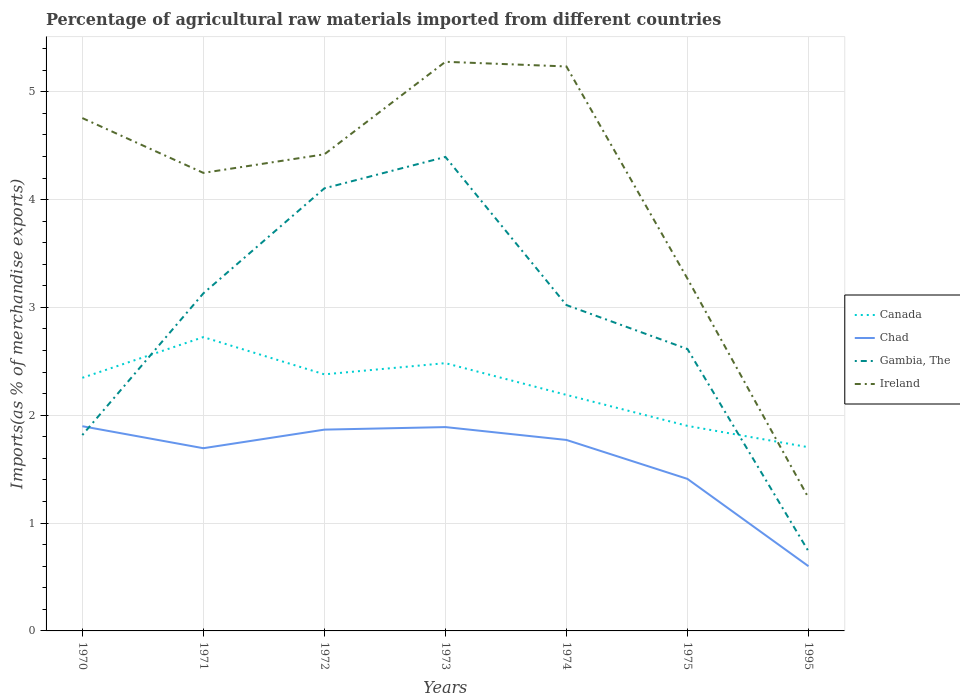
| Years | Canada | Chad | Gambia, The | Ireland |
 | --- | --- | --- | --- | --- |
 | 1970 | 2.35 | 1.9 | 1.82 | 4.76 |
 | 1971 | 2.72 | 1.69 | 3.13 | 4.25 |
 | 1972 | 2.38 | 1.87 | 4.1 | 4.42 |
 | 1973 | 2.48 | 1.89 | 4.4 | 5.28 |
 | 1974 | 2.19 | 1.77 | 3.02 | 5.23 |
 | 1975 | 1.9 | 1.41 | 2.61 | 3.27 |
 | 1995 | 1.7 | 0.6 | 0.738 | 1.23 |